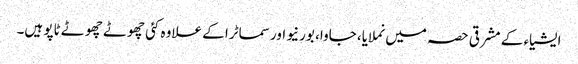
ایشیاء کے مشرقی حصہ میں نملایا، جاوا، بورنیو اور سماٹرا کے علاوہ کئی چھوٹے چھوٹے ٹاپو ہیں۔